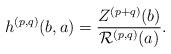
LaTeX: \begin{align*}h^{(p,q)}(b,a)=\frac{Z^{(p+q)}(b)}{\mathcal{R}^{(p,q)}(a)}. \end{align*}